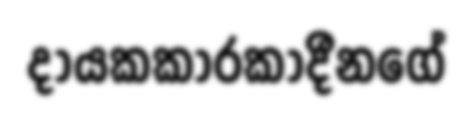
දායකකාරකාදීනගේ